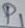
Text: P1